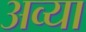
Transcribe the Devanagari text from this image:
अव्या